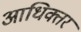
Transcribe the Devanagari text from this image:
आधिक्तर